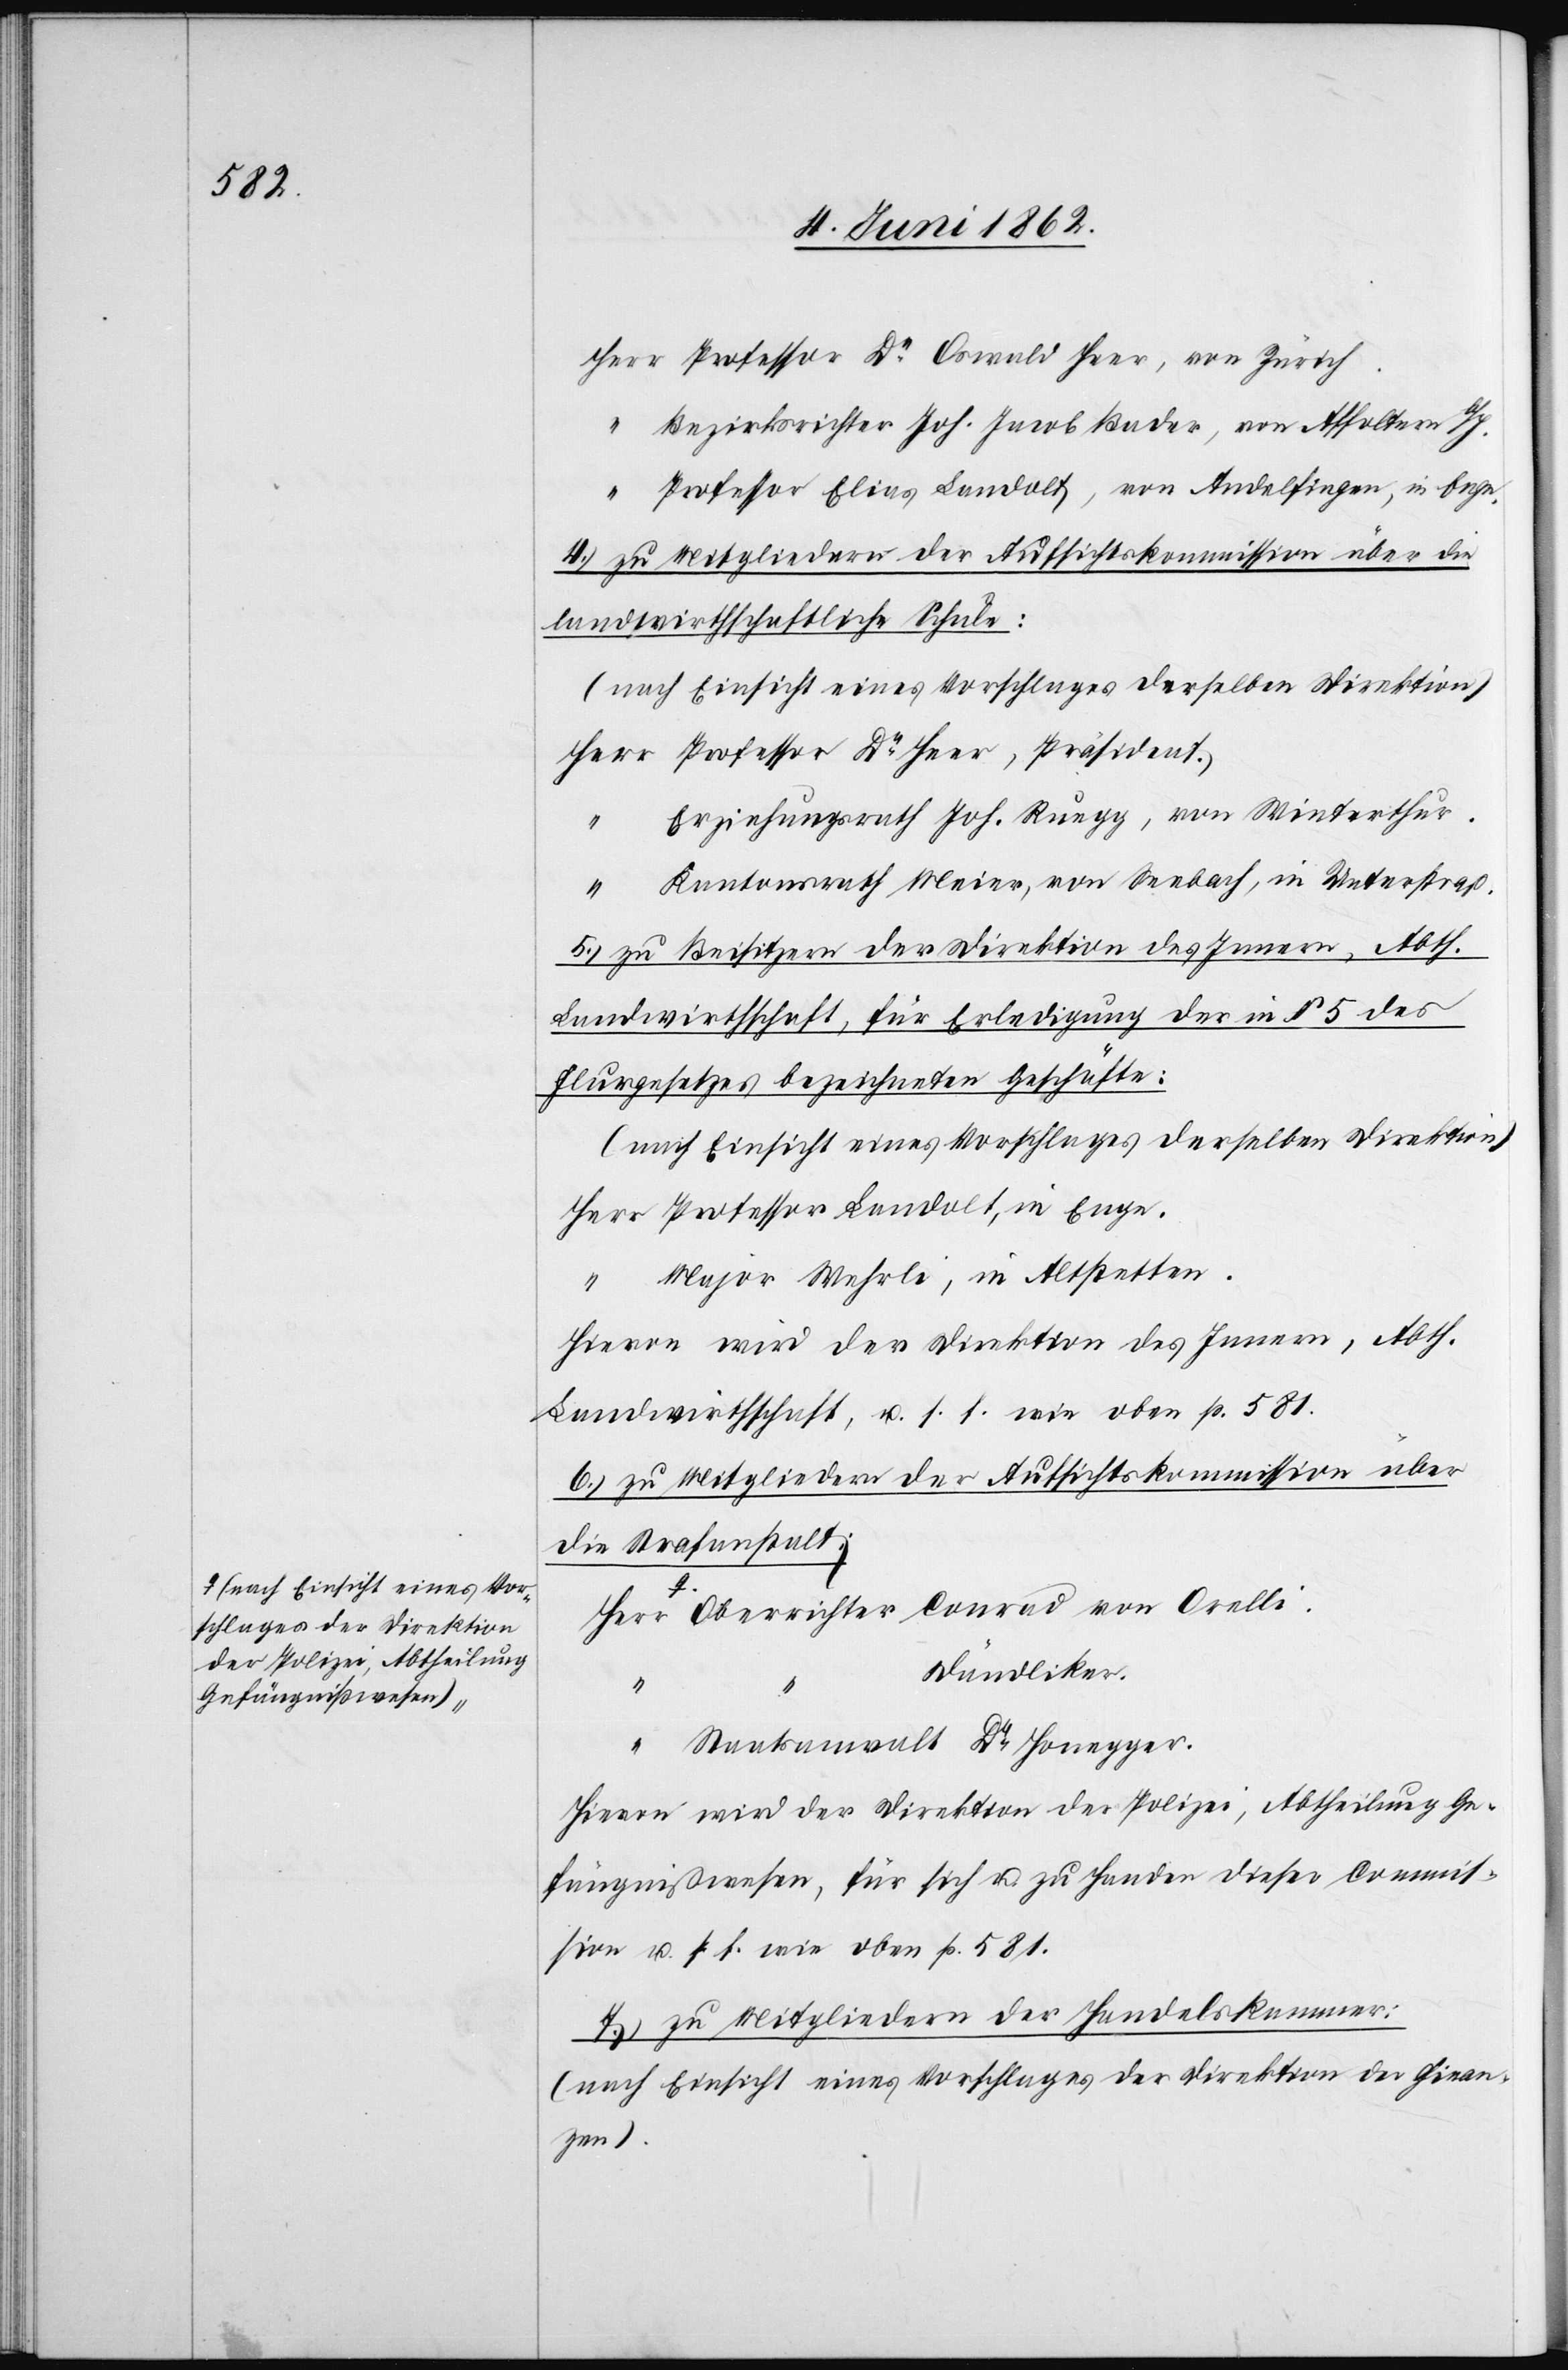
a-(nach Einsicht eines Vor¬
schlages der Direktion
der Polizei, Abtheilung
Gefängnißwesen)-a

Herr Professor Dr. Oswald Heer, von Zürich.
Bezirksrichter Joh. Jacob Bader, von Affoltern b/H.
Professor Elias Landolt, von Andelfingen, in Enge.
4. zu Mitgliedern der Aufsichtskommission über die
landwirtschaftliche Schule:
(nach Einsicht eines Vorschlages derselben Direktion)
Professor Dr. Heer, Präsident.
Erziehungsrath Joh. Ruegg, von Winterthur.
“
Kantonsrath Meier, von Seebach, in Unterstraß.
5. zu Beisitzern der Direktion des Innern, Abth.
Landwirtschaft, für Erledigung der in § 5 des
Flurgesetzes bezeichneten Geschäfte.
Major Wehrli, in Altstetten.
Hievon wird der Direktion des Innern, Abth.
Landwirtschaft, u. s. f. wie oben p. 581.
6. zu Mitgliedern der Aufsichtskommission über
die Strafanstalt.
Dändliker.
“
Staatsanwalt Dr. Honegger.
Hievon wird der Direktion der Polizei, Abtheilung Ge¬
fängnißwesen, für sich u, zu Handen dieser Commis¬
sion u. s. f. wie oben p. 581.
7. zu Mitgliedern der Handelskammer:
(nach Einsicht eines Vorschlages der Direktion der Finan¬
zen.)